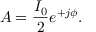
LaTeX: A = { \frac { I _ { 0 } } { 2 } } e ^ { + j \phi } .